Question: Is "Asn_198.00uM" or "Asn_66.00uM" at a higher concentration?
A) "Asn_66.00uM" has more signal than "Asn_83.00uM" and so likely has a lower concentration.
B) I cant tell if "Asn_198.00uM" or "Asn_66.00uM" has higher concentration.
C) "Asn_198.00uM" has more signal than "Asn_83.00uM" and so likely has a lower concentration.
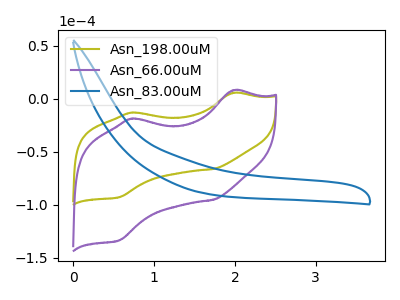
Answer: <think>The olive curve "Asn_198.00uM" has anodic peaks at (2.00V, 5.60uA) (0.70V, -13.05uA) and cathodic peaks at (1.75V, -66.15uA) (0.55V, -92.85uA). The purple curve "Asn_66.00uM" has anodic peaks at (2.00V, 8.10uA) (0.70V, -18.75uA) and cathodic peaks at (1.75V, -95.20uA) (0.55V, -133.60uA). The blue curve "Asn_83.00uM" has no peaks.
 All the peaks in "Asn_198.00uM" have a peak in "Asn_66.00uM" at the same potential.</think>
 <answer>B) I cant tell if "Asn_198.00uM" or "Asn_66.00uM" has higher concentration.</answer>
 <eval>B</eval>